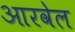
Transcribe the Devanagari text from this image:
आरवेल